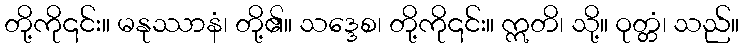
တို့ကို၎င်း။ မနုဿာနံ၊ တို့၏။ သဒ္ဒေစ၊ တို့ကို၎င်း။ ဣတိ၊ သို့။ ဝုတ္တံ၊ သည်။